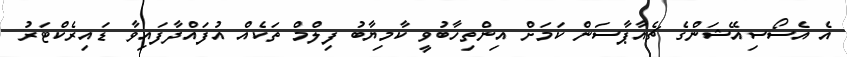
އެ އެސޯސިއޭޝަންގެ ޗެއާޕާސަން ކަމަށް އިންތިހާބުވީ ކާމިޔާބު ފިލްމް ތަކެެއް އުފައްދާފައިވާ ޑައިރެކްޓަރު